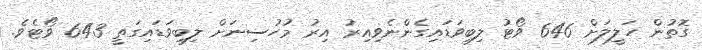
ގޮތުން ހަލީލަށް 646 ވޯޓު ލިބިވަޑައިގެންނެވިއިރު އިރު މުހުސިނަށް ލިބިވަޑައިގަތީ 643 ވޯޓެވެ.